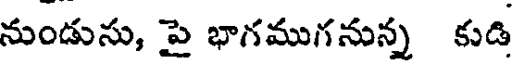
నుండుసు, పై భాగముగనున్న కుడి